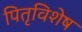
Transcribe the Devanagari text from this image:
पितृविशेष